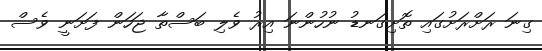
ގިނަ ރަށްރަށުގައި ތޮށިގަނޑު ނުހުންނަ އިރު ވެލި ބަސްތާ ޖަހަން ފަށަނީ ވެސް